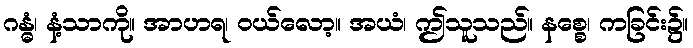
ဂန္ဓံ၊ နံ့သာကို။ အာဟရ၊ ဝယ်လော့။ အယံ၊ ဤသူသည်။ နစ္စေ၊ ကခြင်း၌။